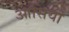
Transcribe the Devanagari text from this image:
आसियां